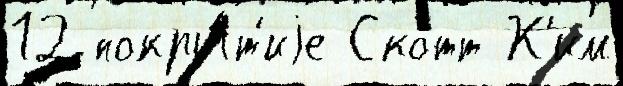
12 покры́т'иjе Скотт К'им